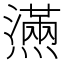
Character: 𰟮